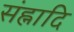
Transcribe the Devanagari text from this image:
संह्नादि